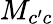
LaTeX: M_{c^{\prime}c}